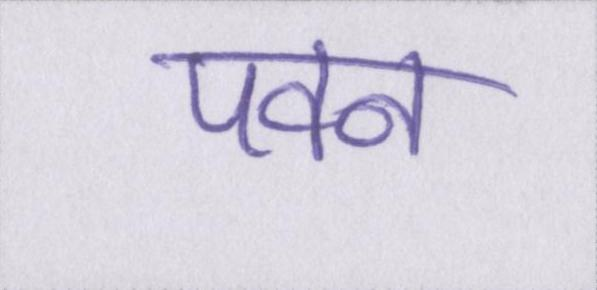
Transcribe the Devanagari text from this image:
पवन